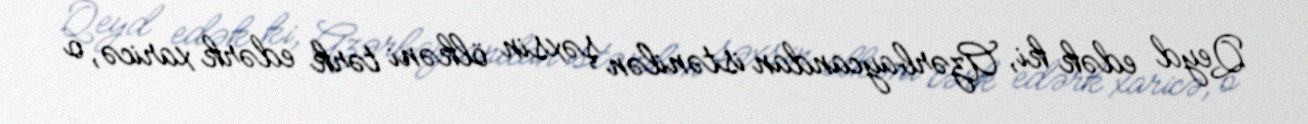
Qeyd edək ki, Azərbaycandan istənilən şəxsin ölkəni tərk edərk xaricə, o